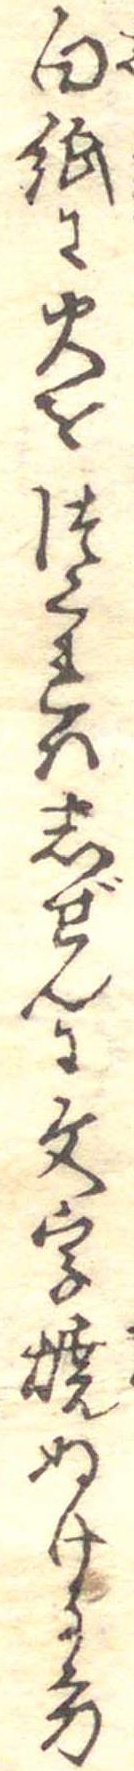
白紙に火をつくれはしぜんに文字焼ぬける方